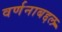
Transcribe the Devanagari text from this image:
वर्णनाबद्दल